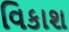
વિકાશ